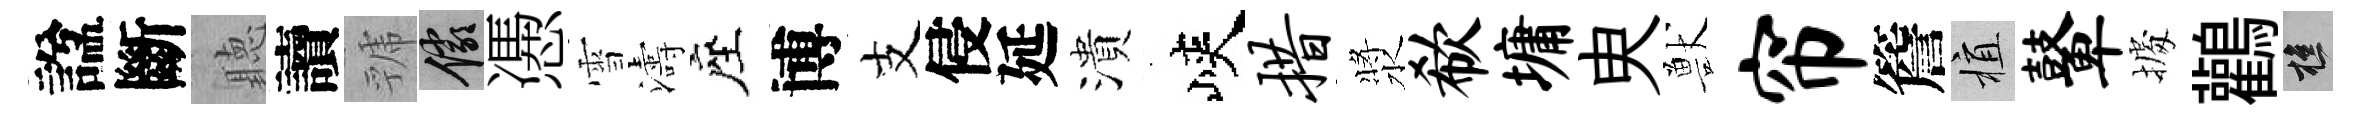
諡斷聽讀虢儼慿雪濤座博支侵延潰峽措漿欷墉㬰獸帘簷植鼙𢴃鸛樵